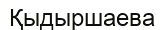
Қыдыршаева